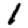
Digit: 1